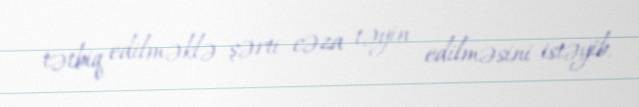
tətbiq edilməklə şərti cəza təyin edilməsini istəyib.